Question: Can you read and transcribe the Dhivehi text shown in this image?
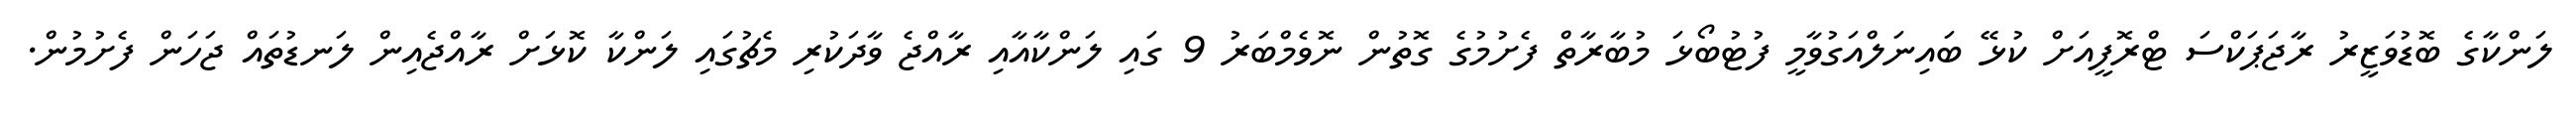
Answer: ލަންކާގެ ބޮޑުވަޒީރު ރާޖަޕަކްސަ ޓްރޮފީއަށް ކުޅޭ ބައިނަލްއަގުވާމީ ފުޓުބޯޅަ މުބާރާތް ފެށުމުގެ ގޮތުން ނޮވެމްބަރު 9 ގައި ލަންކާއާއި ރާއްޖެ ވާދަކުރި މެޗުގައި ލަންކާ ކޮޅަށް ރާއްޖެއިން ލަނޑުތައް ޖަހަން ފެށުމުން.